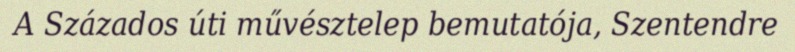
A Százados úti művésztelep bemutatója, Szentendre